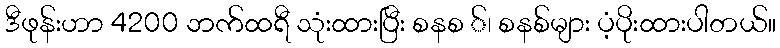
ဒီဖုန်းဟာ 4200 ဘက်ထရီ သုံးထားပြီး စနစ ်၊ စနစ်များ ပံ့ပိုးထားပါတယ်။